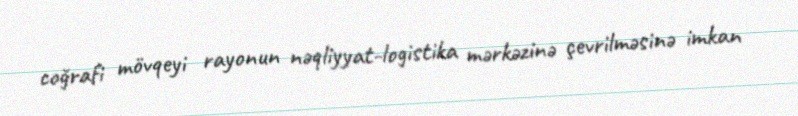
coğrafi mövqeyi rayonun nəqliyyat-logistika mərkəzinə çevrilməsinə imkan